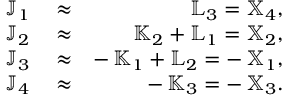
\begin{array} { r l r } { { \mathbb J } _ { 1 } } & { { } \approx } & { { \mathbb L } _ { 3 } = { \mathbb X } _ { 4 } , } \\ { { \mathbb J } _ { 2 } } & { { } \approx } & { { \mathbb K } _ { 2 } + { \mathbb L } _ { 1 } = { \mathbb X } _ { 2 } , } \\ { { \mathbb J } _ { 3 } } & { { } \approx } & { - \, { \mathbb K } _ { 1 } + { \mathbb L } _ { 2 } = - \, { \mathbb X } _ { 1 } , } \\ { { \mathbb J } _ { 4 } } & { { } \approx } & { - \, { \mathbb K } _ { 3 } = - \, { \mathbb X } _ { 3 } . } \end{array}